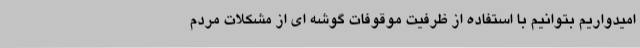
امیدواریم بتوانیم با استفاده از ظرفیت موقوفات گوشه ای از مشکلات مردم